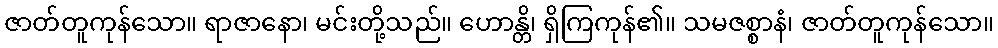
ဇာတ်တူကုန်သော။ ရာဇာနော၊ မင်းတို့သည်။ ဟောန္တိ၊ ရှိကြကုန်၏။ သမဇစ္စာနံ၊ ဇာတ်တူကုန်သော။